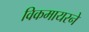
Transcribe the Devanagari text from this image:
विकमायरने